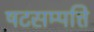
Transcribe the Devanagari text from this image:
षटसम्पत्ति